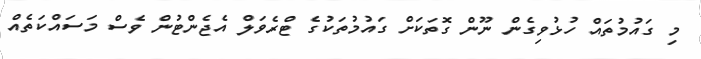
މި ގައުމުތައް ހުޅުވިގެން ނޫން ގޮތަކަށް ގައުމުތަކުގެ ޓްރެވަލް އެޖެންޓުން ވެސް މަސައްކަތެއް